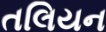
તલિયન